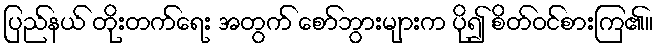
ပြည်နယ် တိုးတက်ရေး အတွက် စော်ဘွားများက ပို၍ စိတ်ဝင်စားကြ၏။